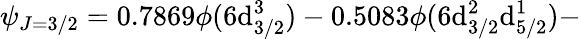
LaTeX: \psi_{J=3/2}=0.7869\phi(6\mathrm{d}_{3/2}^{3})-0.5083\phi(6\mathrm{d}_{3/2}^{2}\mathrm{d}_{5/2}^{1})-